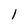
Character: l